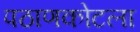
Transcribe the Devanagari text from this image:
पठाणकोटला